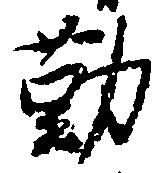
勤